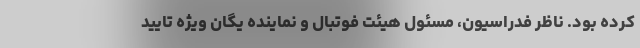
کرده بود. ناظر فدراسیون، مسئول هیئت فوتبال و نماینده یگان ویژه تایید